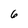
Character: 6